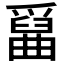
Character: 𤔱